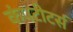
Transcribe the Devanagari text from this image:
कंपटीटर्स